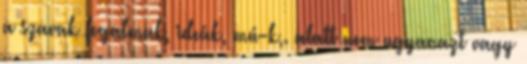
a szavak fogalmak, ideák, mú-k,. alatt nem ugyanazt vagy